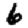
Digit: 6